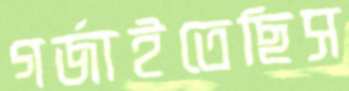
গর্জাইতেছিস